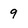
Character: 9